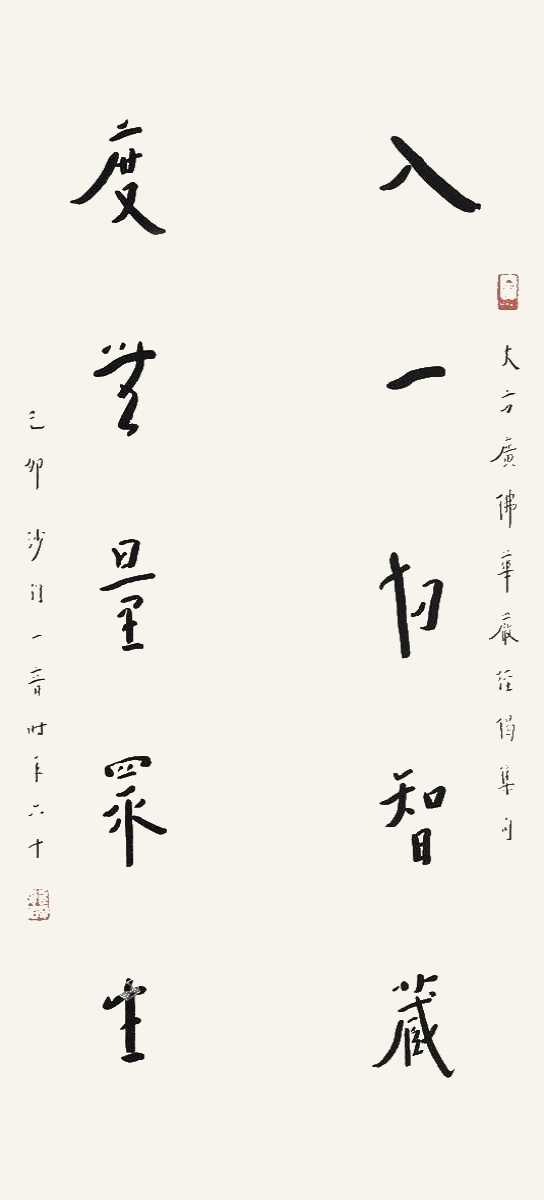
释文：入一切智藏，度无量众生。大方广佛华严经偈集句，己卯沙门一音时年六十。